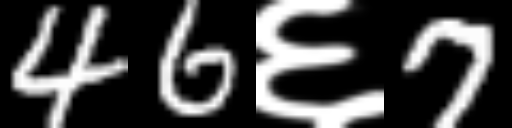
Text: 46६7